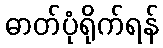
ဓာတ်ပုံရိုက်ရန်